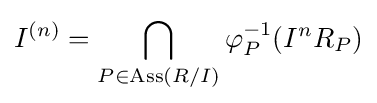
I^{(n)}=\bigcap _{P\in \operatorname {Ass} (R/I)}\varphi _{P}^{-1}(I^{n}R_{P})